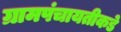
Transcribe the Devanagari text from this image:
ग्रामपंचायतीकडे